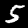
Digit: 5